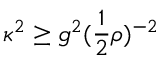
\kappa ^ { 2 } \geq g ^ { 2 } ( \frac { 1 } { 2 } \rho ) ^ { - 2 }